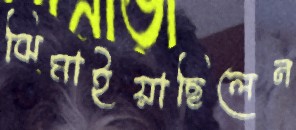
ঝিমাইয়াছিলেন